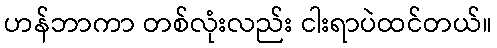
ဟန်ဘာကာ တစ်လုံးလည်း ငါးရာပဲထင်တယ်။